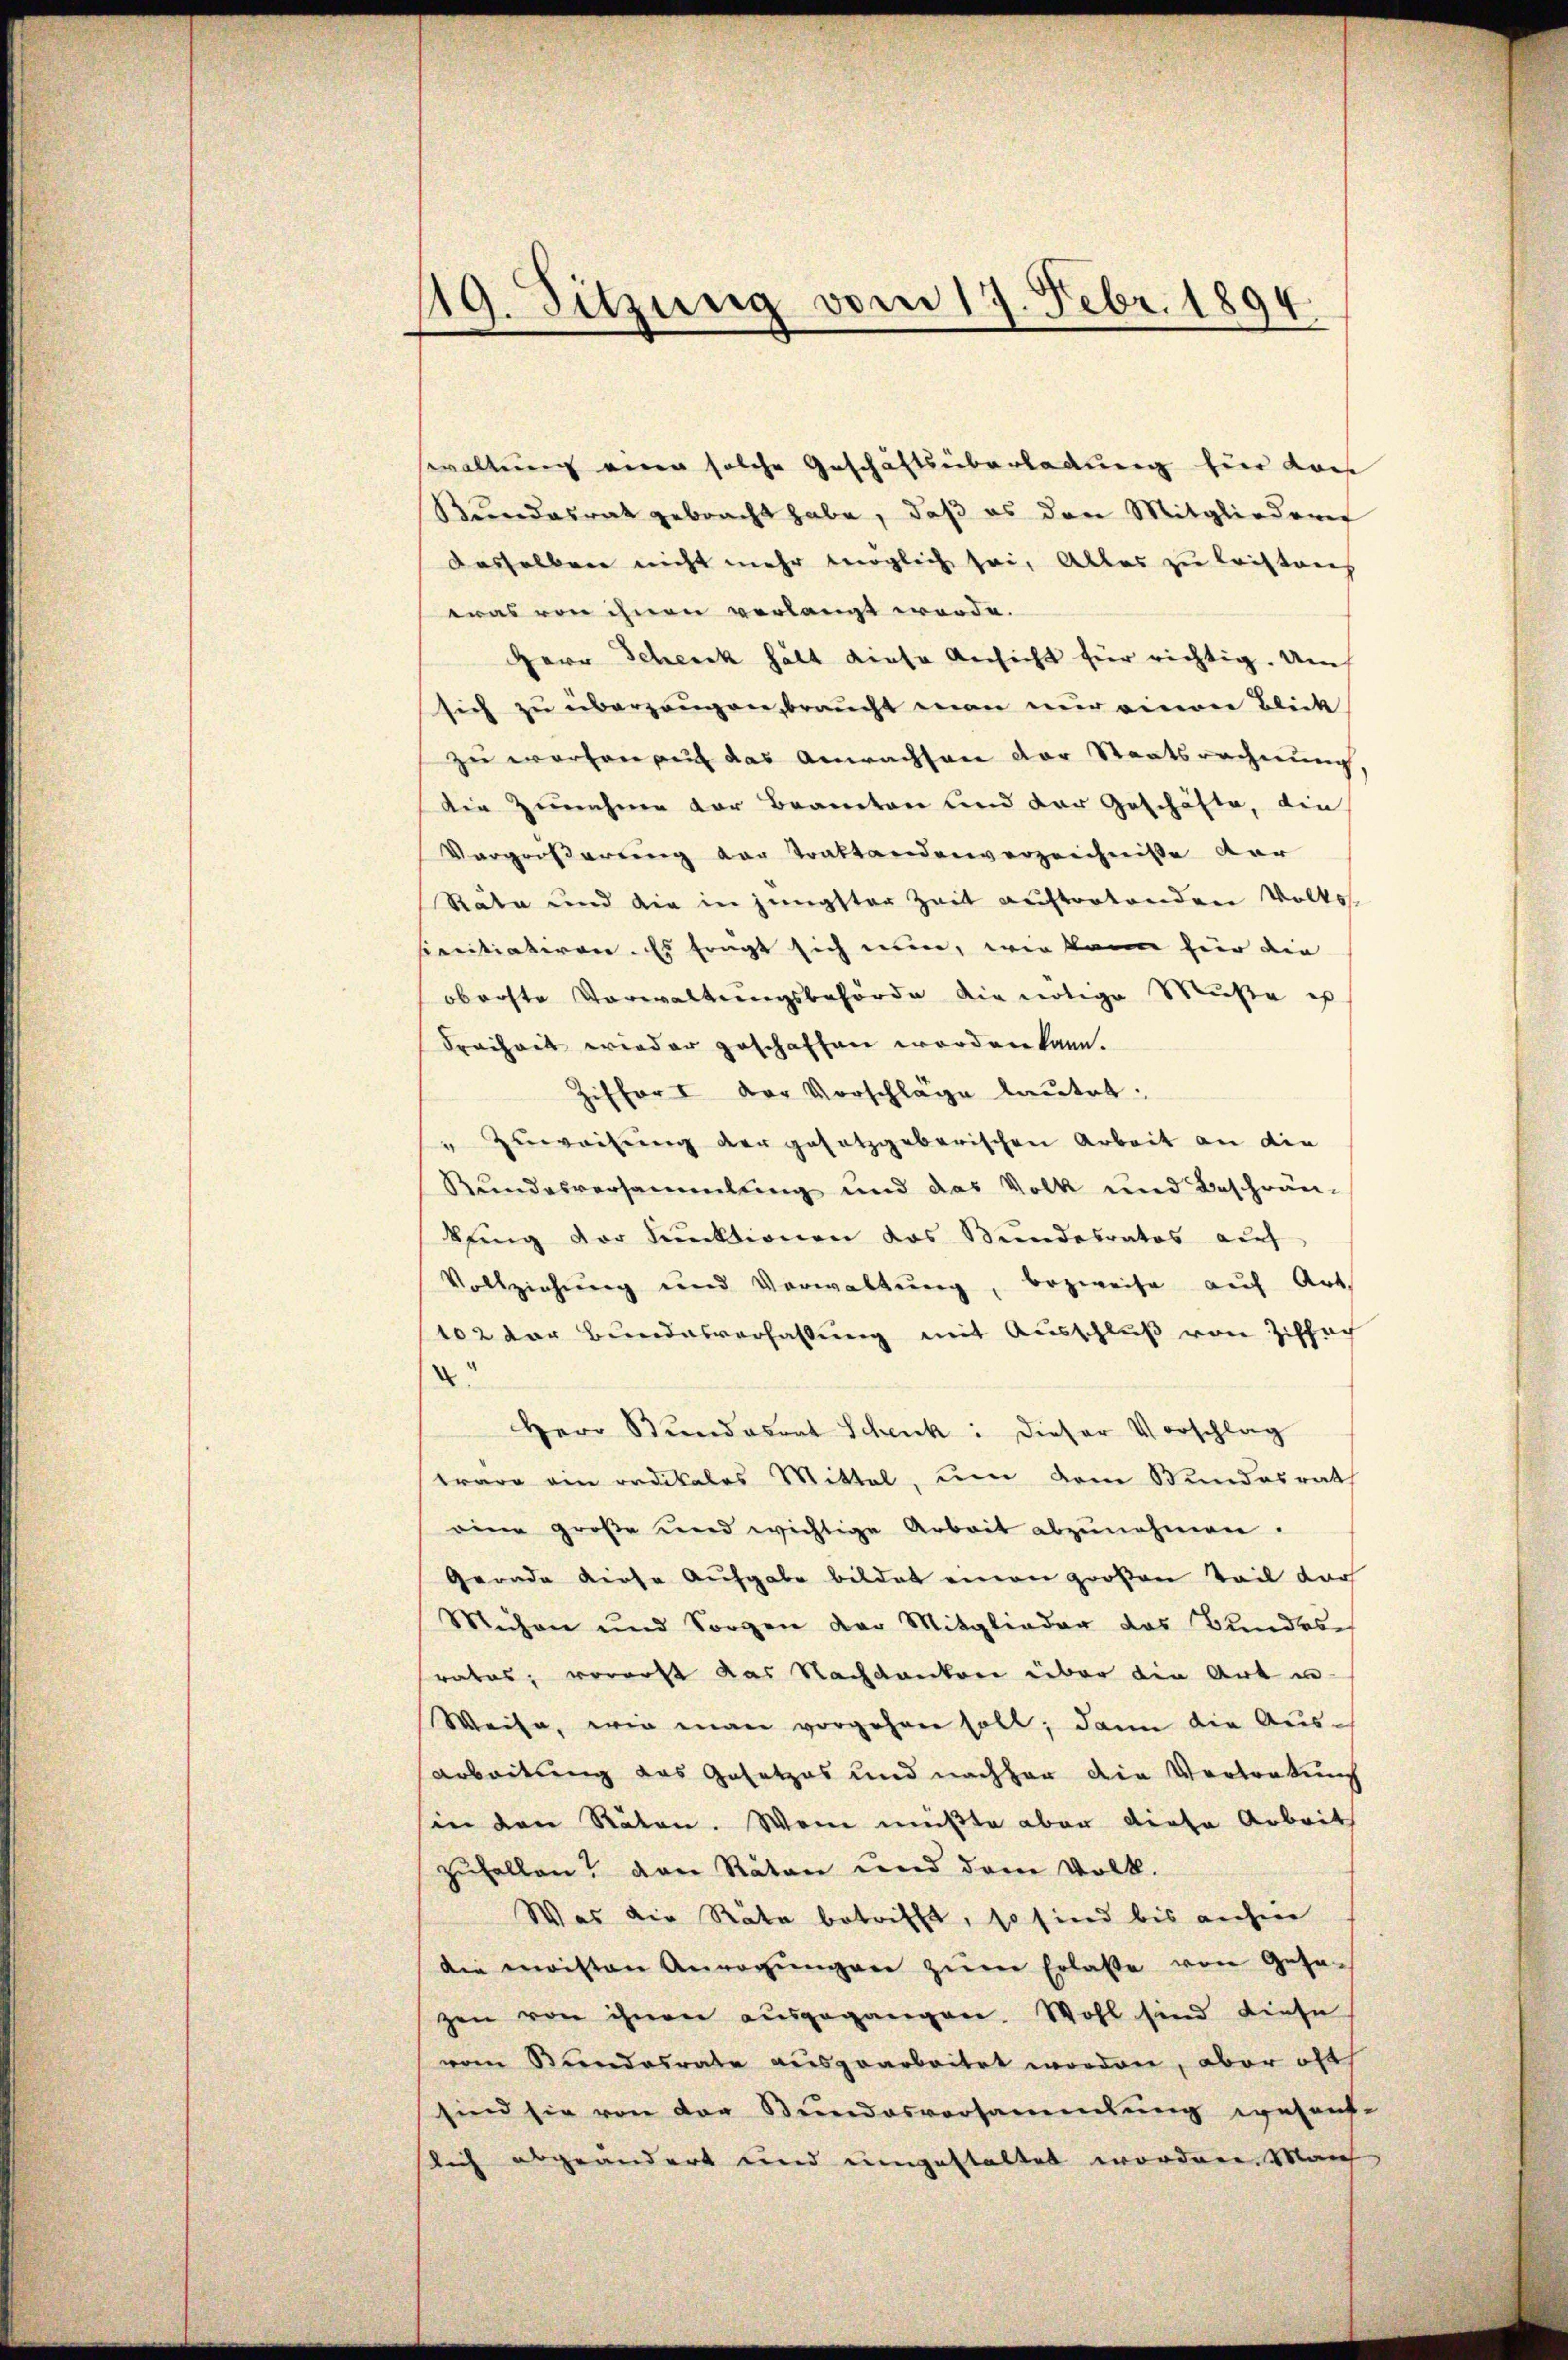
119. Sitzung vom 17. Febr. 1894

waltung einen solche Geschäftsüberladung hier Kan
Kundesrat gebracht habe, daß es den Mitgliedern
dasselben nicht mehr möglich sei, Alles zu leistens
was von ihnen verlangt werde.
Herr Schreck hält diese Ansicht für richtig. Um
sich zu überzeugen, braucht man nur einer Blick
zu worten auch das Anwachsen der Staatsrechnung,
die Zunahme vor Brauten und der Geschäfte, die
Vergroßarting der Traktandenverzeichnisse dar
Räte und die in jüngster Zeit auftortenden Volks-
pacitiativen. Es fragt sich nun, wie kann für die
oberste Vorwaltungsbehörde die nötige Muße es
Freiheit wieder geschaffen worden kann.
Ziffers der Vorschläge lautet:
" Zuweisung der gesetzgeberischen Arbeit an die
Kundesversammlung und das Volk und Beschrän-
bring der Funktionen das Bundesrates auf
Vollziehung und Verwaltŭng, bezweife auf Art.
102 der Bundesverhaltung mit Ausschluß von Ziffach
.
Herr Bundesrat Schenk: Dieser Vorschlag
trage ein radikales Mittel, um dem Kundesrat
eine große und wichtige Arbeit abzŭnehmen.
Gerade diese Aufgabe bildet einen großen Teil dar
Michon und Sorgen der Mitglieder das Bundes-
rates, vorerst das Nachdenken über die Art un¬
Weise, wie man vorgehen soll; dann die Aus¬
Arbeitung das Gesetzes und nachher die Vertratung
sin den Räten. Wem mußte aber diese Arbeit
zufallen, den Raten und dem Volk.
Was die Räte betrifft, so sind bis anhin
die meisten Anregŭngen zŭm Erlasse von Gesa-
zen von ihnen ausgegangen. Wohl sind diese
vom Bundesrate ausgearbeitet worden, aber oft
sind sie von der Bundesversammlung wesent-
slich abgeändert und umgestaltet worden. Manch